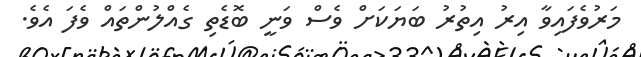
މަރުވެފައިވާ އިރު އިތުރު ބަޔަކަށް ވެސް ވަނީ ބޮޑެތި ގެއްލުންތައް ވެފަ އެވެ.